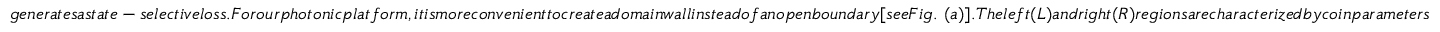
g e n e r a t e s a s t a t e - s e l e c t i v e l o s s . F o r o u r p h o t o n i c p l a t f o r m , i t i s m o r e c o n v e n i e n t t o c r e a t e a d o m a i n w a l l i n s t e a d o f a n o p e n b o u n d a r y [ s e e F i g . ~ ( a ) ] . T h e l e f t ( L ) a n d r i g h t ( R ) r e g i o n s a r e c h a r a c t e r i z e d b y c o i n p a r a m e t e r s